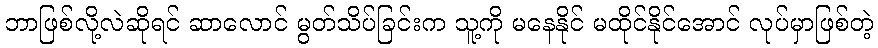
ဘာဖြစ်လို့လဲဆိုရင် ဆာလောင် မွတ်သိပ်ခြင်းက သူ့ကို မနေနိုင် မထိုင်နိုင်အောင် လုပ်မှာဖြစ်တဲ့